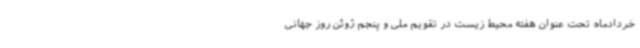
خردادماه تحت عنوان هفته محیط زیست در تقویم ملی و پنجم ژوئن روز جهانی